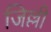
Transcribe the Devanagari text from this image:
जिल्ली